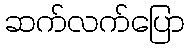
ဆက်လက်ပြော